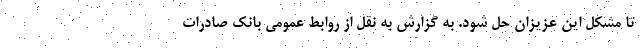
تا مشکل این عزیزان حل شود. به گزارش به نقل از روابط عمومی بانک صادرات